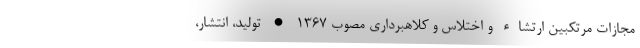
مجازات مرتکبین ارتشاء و اختلاس و کلاهبرداری مصوب ۱۳۶۷ • تولید، انتشار،